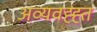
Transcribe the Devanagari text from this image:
अव्यवह्ह्त